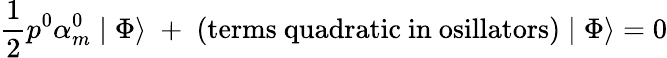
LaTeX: \frac{1}{2}p^{0}\alpha_{m}^{0}\mid\Phi\rangle\; +\; \mathrm{(terms~quadratic~in~osillators)}\mid\Phi\rangle=0